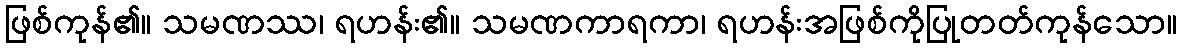
ဖြစ်ကုန်၏။ သမဏဿ၊ ရဟန်း၏။ သမဏကာရကာ၊ ရဟန်းအဖြစ်ကိုပြုတတ်ကုန်သော။